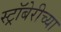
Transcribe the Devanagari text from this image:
स्ट्रॉबेरीच्या